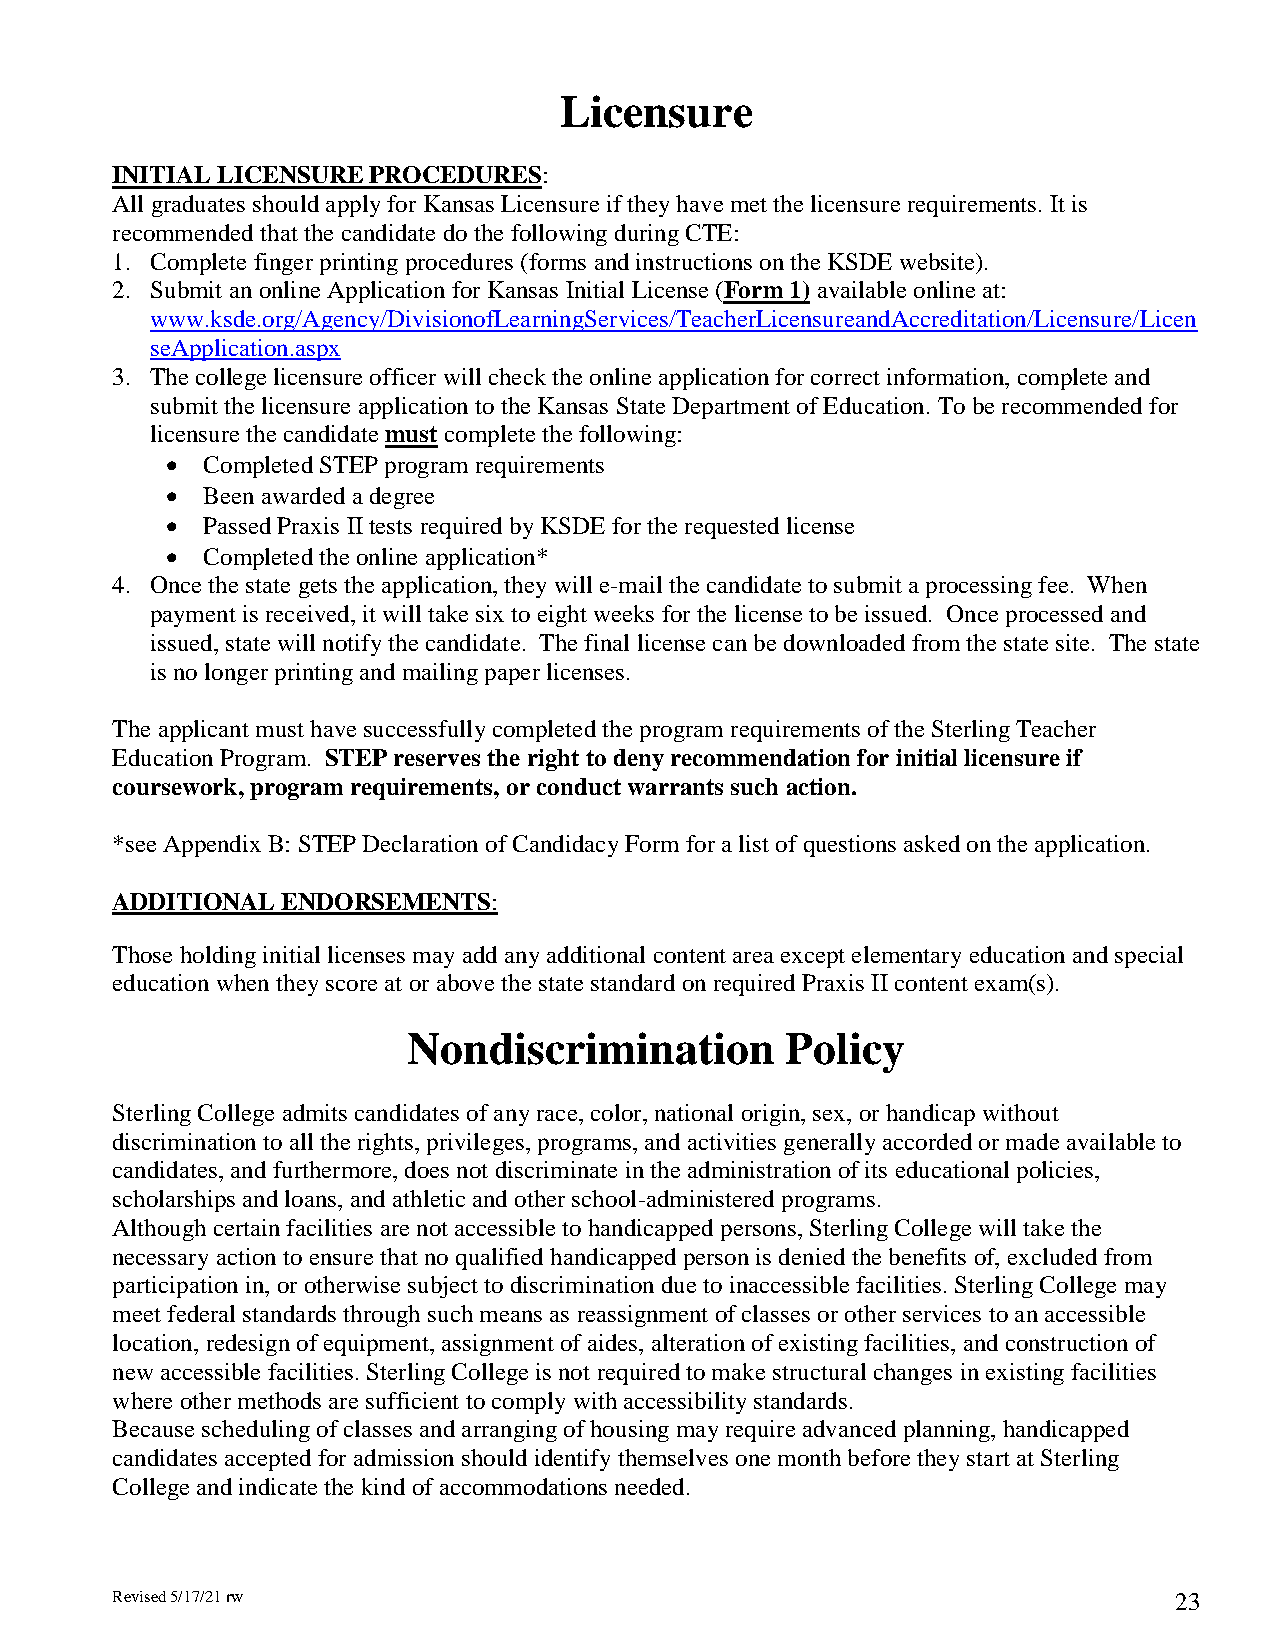
Licensure
 INITIAL LICENSURE PROCEDURES:
 All graduates should apply for Kansas Licensure if they have met the licensure requirements. It is
 recommended that the candidate do the following during CTE:
 1. Complete finger printing procedures (forms and instructions on the KSDE website).
 2. Submit an online Application for Kansas Initial License (Form 1) available online at:
 www.ksde.org/Agency/DivisionofLearningServices/TeacherLicensureandAccreditation/Licensure/Licen
 seApplication.aspx
 3. The college licensure officer will check the online application for correct information, complete and
 submit the licensure application to the Kansas State Department of Education. To be recommended for
 licensure the candidate must complete the following:
  Completed STEP program requirements
  Been awarded a degree
  Passed Praxis II tests required by KSDE for the requested license
  Completed the online application*
 4. Once the state gets the application, they will e-mail the candidate to submit a processing fee. When
 payment is received, it will take six to eight weeks for the license to be issued. Once processed and
 issued, state will notify the candidate. The final license can be downloaded from the state site. The state
 is no longer printing and mailing paper licenses.
 The applicant must have successfully completed the program requirements of the Sterling Teacher
 Education Program. STEP reserves the right to deny recommendation for initial licensure if
 coursework, program requirements, or conduct warrants such action.
 *see Appendix B: STEP Declaration of Candidacy Form for a list of questions asked on the application.
 ADDITIONAL  ENDORSEMENTS:
 Those holding initial licenses may add any additional content area except elementary education and special
 education when they score at or above the state standard on required Praxis II content exam(s).
 Nondiscrimination        Policy
 Sterling College admits candidates of any race, color, national origin, sex, or handicap without
 discrimination to all the rights, privileges, programs, and activities generally accorded or made available to
 candidates, and furthermore, does not discriminate in the administration of its educational policies,
 scholarships and loans, and athletic and other school-administered programs.
 Although certain facilities are not accessible to handicapped persons, Sterling College will take the
 necessary action to ensure that no qualified handicapped person is denied the benefits of, excluded from
 participation in, or otherwise subject to discrimination due to inaccessible facilities. Sterling College may
 meet federal standards through such means as reassignment of classes or other services to an accessible
 location, redesign of equipment, assignment of aides, alteration of existing facilities, and construction of
 new accessible facilities. Sterling College is not required to make structural changes in existing facilities
 where other methods are sufficient to comply with accessibility standards.
 Because scheduling of classes and arranging of housing may require advanced planning, handicapped
 candidates accepted for admission should identify themselves one month before they start at Sterling
 College and indicate the kind of accommodations needed.
 Revised 5/17/21 rw                                                     23